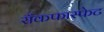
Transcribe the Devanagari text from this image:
राँकफास्फेट